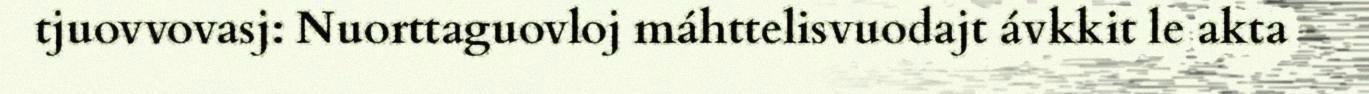
tjuovvovasj: Nuorttaguovloj máhttelisvuodajt ávkkit le akta